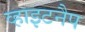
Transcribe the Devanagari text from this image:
व्हाइटनैप